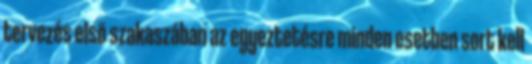
tervezés elsõ szakaszában az egyeztetésre minden esetben sort kell